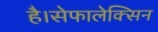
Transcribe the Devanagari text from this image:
है।सेफालेक्सिन